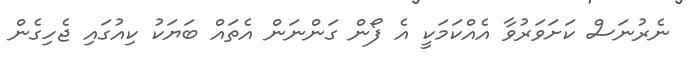
ނެރުނަސް ކަށަވަރުވާ އެއްކަމަކީ އެ ފޯން ގަންނަން އެތައް ބަޔަކު ކިއުގައި ޖެހިގެން